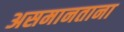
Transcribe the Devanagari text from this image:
असमानताना